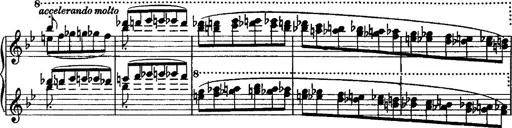
Title: Grande valse di bravura
Composer: Franz Liszt